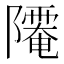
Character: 𨽅